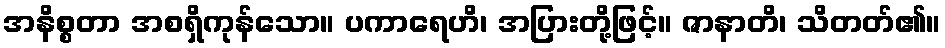
အနိစ္စတာ အစရှိကုန်သော။ ပကာရေဟိ၊ အပြားတို့ဖြင့်။ ဇာနာတိ၊ သိတတ်၏။